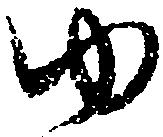
ゆ